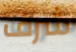
شرف